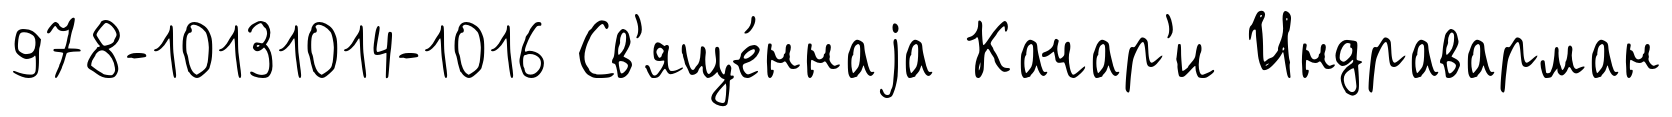
978-10131014-1016 Св'яще́ннаjа Качар'и Индраварман